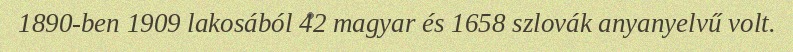
1890-ben 1909 lakosából 42 magyar és 1658 szlovák anyanyelvű volt.